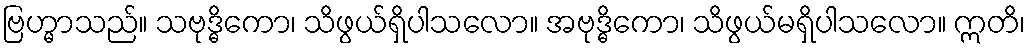
ဗြဟ္မာသည်။ သဗုဒ္ဓိကော၊ သိဖွယ်ရှိပါသလော။ အဗုဒ္ဓိကော၊ သိဖွယ်မရှိပါသလော။ ဣတိ၊